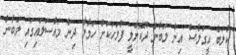
ކުލަބް އީގަލްސް އިން ލަބާން ދޫކޮށްލީ ފުލަހަކަށް ހަމާލާ ދިން މައްސަލައިގައި ލަބާން